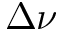
\Delta \nu